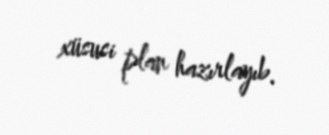
xüsusi plan hazırlayıb.